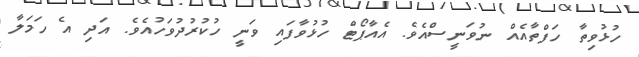
ހުޅުވިތާ ހަފްތާއެއް ނުވަނީސްއެވެ. އެއާޕޯޓް ހުޅުވާފައި ވަނީ ހުކުރުދުވަހުއެވެ. އަދި އެ ހަމަލާ